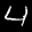
Label: 4